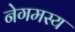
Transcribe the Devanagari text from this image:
नेगमस्य